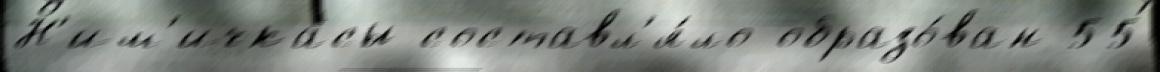
Н'им'ичкасы составл'я́ло образо́ван 55